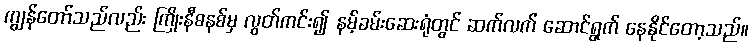
ကျွန်တော်သည်လည်း ကြိုးနီစနစ်မှ လွတ်ကင်း၍ နမ့်ခမ်းဆေးရုံတွင် ဆက်လက် ဆောင်ရွက် နေနိုင်တော့သည်။